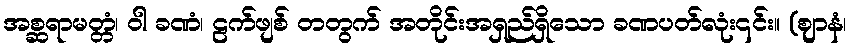
အစ္ဆရာမတ္တံ၊ ဝါ ခဏံ၊ ဠက်ဖျစ် တတွက် အတိုင်းအရှည်ရှိသော ခဏပတ်လုံး၎င်း။ (ဈာနံ၊